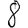
Digit: 8